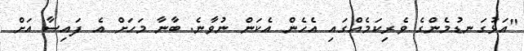
"އަޅުގަނޑުމެންގެ ވެރިކަމެއްގައި އެހެން އެކަން ނުވާނެ. ބާނާ މަހަށް އެ ފައިސާ އަށް